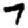
Digit: 7